Civil Veterinary Department. United Provinces 1923-31 - 1923-1931
Year: 1923
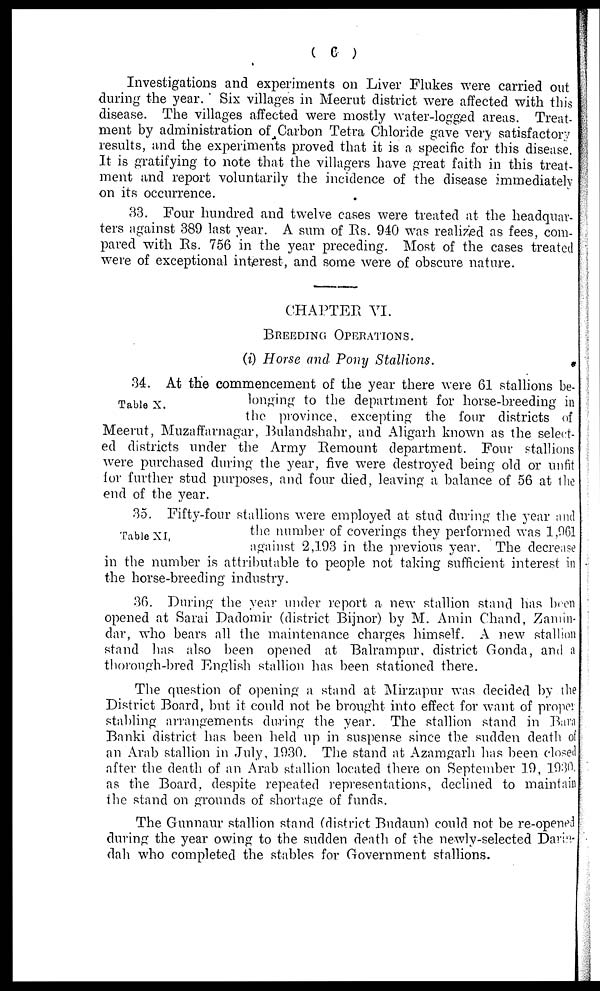
( 6)
Investigations and experiments on Liver Flukes were carried out
during the year. Six villages in Meerut district were affected with this
disease. The villages affected were mostly water-logged areas. Treat-
ment by administration of Carbon Tetra Chloride gave very satisfactory
results, and the experiments proved that it is a specific for this disease
It is gratifying to note that the villagers have great faith in this treat-
ment and report voluntarily the incidence of the disease immediately
on its occurrence.
83. Four hundred and twelve cases were treated at the headquar-
ters against 389 last year. A sum of Rs. 940 was reali7ed as fees, com-
pared with Rs. 756 in the year preceding. Most of the cases treated
were of exceptional interest, and some were of obscure nature.
CHAPTER VI.
BREEDING OPERATIONS.
(i) Horse and Pony Stallions.
Table X.
34. At the commencement of the year there were 61 stallions be-
longing to the department for horse-breeding in
the province, excepting the four districts of
Meerut, Muzaffarnagar, Bulandshahr, and Aligarh known as the select-
ed districts under the Army Remount department. Four stallions
were purchased during the year, five were destroyed being old or unfit
for further stud purposes, and four died, leaving a balance of 56 at the
end of the year.
Table XI,
35. Fifty-four stallions were employed at stud during the year and
the number of coverings they performed was 1,061
against 2,193 in the previous year. The decrease
in the number is attributable to people not taking sufficient interest in
the horse-breeding industry.
36. During the year under report a new stallion stand has been
opened at Sarai Dadomir (district Bijnor) by M. Amin Chand, Zamin-
dar, who bears all the maintenance charges himself. A new stallion
stand has also been opened at Balrampur, district Gonda, and a
thorough-bred English stallion has been stationed there.
The question of opening a stand at Mirzapur was decided by the
District Board, but it could not be brought into effect for want of proper
stabling arrangements during the year. The stallion stand in Bara
Banki district has been held up in suspense since the sudden death of
an Arab stallion in July, 1930. The stand at Azamgarh has been closed
after the death of an Arab stallion located there on September 19, 1930
as the Board, despite repeated representations, declined to maintain
the stand on grounds of shortage of funds.
The Gunnaur stallion stand (district Budaun) could not be re-opened
during the year owing to the sudden death of the newly-selected Darin-
dah who completed the stables for Government stallions.